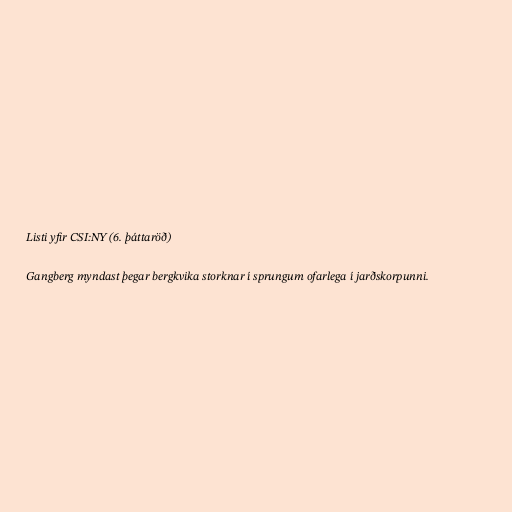
Listi yfir CSI:NY (6. þáttaröð)

Gangberg myndast þegar bergkvika storknar í sprungum ofarlega í jarðskorpunni.